Vaccination in Bombay 1913-1923 - 1913-1923
Year: 1913
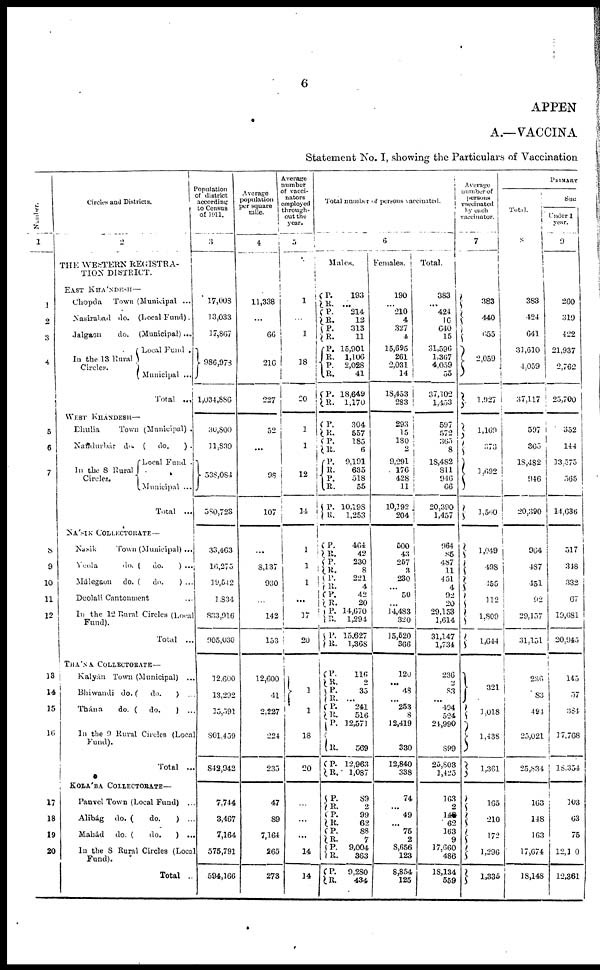
6
APPEN
A.—VACCINA
Statement No. I, showing the Particulars of Vaccination
Number.
1
1
2
3
4
5
6
7
8
9
10
11
12
13
14
15
16
17
18
19
20
Circles and Districts.
2
THE WESTERN REGISTRA¬
TION DISTRICT.
EAST KHÁNDESH —
Chopda
Town (Municipal ...
Nasirabad
do. (Local Fund).
Jalgaon
do. (Municipal) ...
In the 13 Rural
Circles.
Local Fund .
Municipal ...
Total ...
WEST KHÁNDESH—
Dhulia
Town (Municipal) .
Nandurbar do. (
do.
) .
In the 8 Rural
Circles.
Local Fund .
Municipal ...
Total ...
NÁSIK COLLECTORATE—
Nasik
Town (Municipal) ...
Yeola
do. (
do.
) ...
Málegaon
do. (
do.
) ...
Deolali Cantonment ...
In the 12 Rural Circles (Local
Fund).
Total
...
THÁNA COLLECTORATE—
Kalyán Town (Municipal)
...
Bhiwandi do. (
do.
) ...
Thána
do. (
do.
) ...
In the 9 Rural Circles (Local
Fund).
Total ...
KOLÁBA COLLECTORATE—
Panvel Town (Local Fund)
...
Alibág
do. (
do.
) ...
Mahád
do. (
do.
) ...
In the 8 Rural Circles (Local
Fund).
Total ..
Population
of district
according
to Census
of 1911.
3
17,008
13,033
17,867
986,973
1,034,886
30,800
11,839
538,084
580,723
33,463
16,275
19,542
1,834
833,916
905,030
12,600
13,292
15,591
801,459
842,942
7,744
3,467
7,164
575,791
594,166
Average
population
per square
mile.
4
11,338
...
66
216
227
52
...
98
107
...
8,137
930
...
142
153
12,600
41
2,227
224
235
47
89
7,164
265
273
Average
number
of vacci¬
nators
employed
through-
out the
year.
5
1
...
1
18
20
1
1
12
14
1
1
1
...
17
20
1
1
18
20
...
...
...
14
14
Total number of persons vaccinated.
6
Males.
P.
R.
P.
R.
P.
R.
P.
R.
P.
R.
P.
R.
P.
R.
P.
R.
P.
R.
P.
R.
P.
R.
P.
R.
P. R.
P. R. P.
R.
P.
R.
P.
R.
P.
R.
P.
R.
P.
R.
P.
R.
P.
R.
P. R.
P.
R.
P.
R.
P.
R.
P.
R.
193
...
214
12
313
11
15,901
1,106
2,028
41
18,649
1,170
304
557
185
6
9,191
635
518
55
10,198
1,253
464
42
230
8
221
4
42
20
14,670
1,294
15,627
1,368
116
2
35
...
241
516
12,571
569
12,963
1,087
89
2
99
62
88
7
9,004
363
9,280
434
Females.
190
...
210
4
327
4
15,695
261
2,031
14
18,453
283
293
15
180
2
9,291
176
428
11
10,192
204
500
43
257
3
230
...
50
...
14,483
320
15,520
366
120
...
48
...
253
8
12,419
330
12,840
338
74
... 49
...
75
2
8,656
123
8,854
125
Total.
383
...
424
16
640
15
31,596
1,367
4,059
55
37,102
1,453
597
572
365
8
18,482
811
946
66
20,390
1,457
964
85
487
11
451
4
92
20
29,153
1,614
31,147
1,734
236
2
83
...
494
524
24,990
899
25,803
1,425
163
2
148
62
163
9
17,660
486
18,134
559
Average
number of
persons
vaccinated
by each
vaccinator.
7
383
440
655
2,059
1,927
1,169
373
1,692
1,560
1,049
498
455
112
1,809
1,044
321
1,018
1,438
1,361
165
210
172
1,296
1,335
PRIMARY
Total.
8
383
424
641
31,610
4,059
37,117
597
365
18,482
946
20,390
964
487
451
92
29,157
31,151
236
83
494
25,021
25,834
163
148
163
17,674
18,148
Suc
Under 1
year.
9
260
319
422
21,937
2,762
25,700
352
144
13,575
565
14,636
517
348
332
67
19,081
20,945
145
57
384
17,768
18,354
103
63
75
12,100
12,361